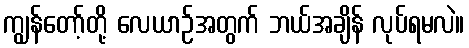
ကျွန်တော့်တို့ လေယာဉ်အတွက် ဘယ်အချိန် လုပ်ရမလဲ။